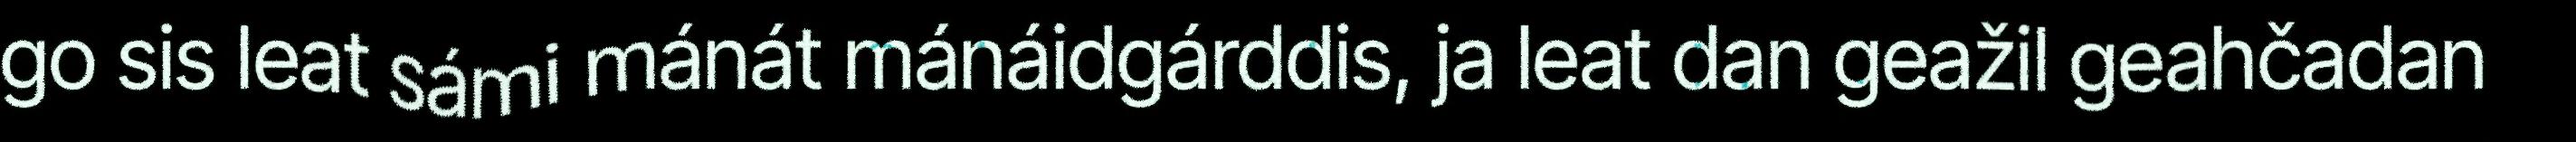
go sis leat sámi mánát mánáidgárddis, ja leat dan geažil geahčadan